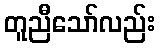
တူညီသော်လည်း